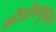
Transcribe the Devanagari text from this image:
ओडोक्वुघल